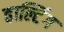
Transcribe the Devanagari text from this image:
हाल्टिंग